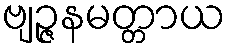
ဗျဉ္ဇနမတ္တာယ